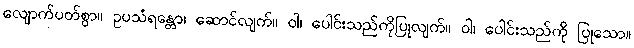
လျောက်ပတ်စွာ။ ဥပသံရန္တော၊ ဆောင်လျက်။ ဝါ၊ ပေါင်းသည်ကိုပြုလျက်။ ဝါ၊ ပေါင်းသည်ကို ပြုသော။